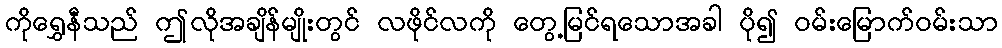
ကိုရွှေနီသည် ဤလိုအချိန်မျိုးတွင် လဖိုင်လကို တွေ့မြင်ရသောအခါ ပို၍ ဝမ်းမြောက်ဝမ်းသာ